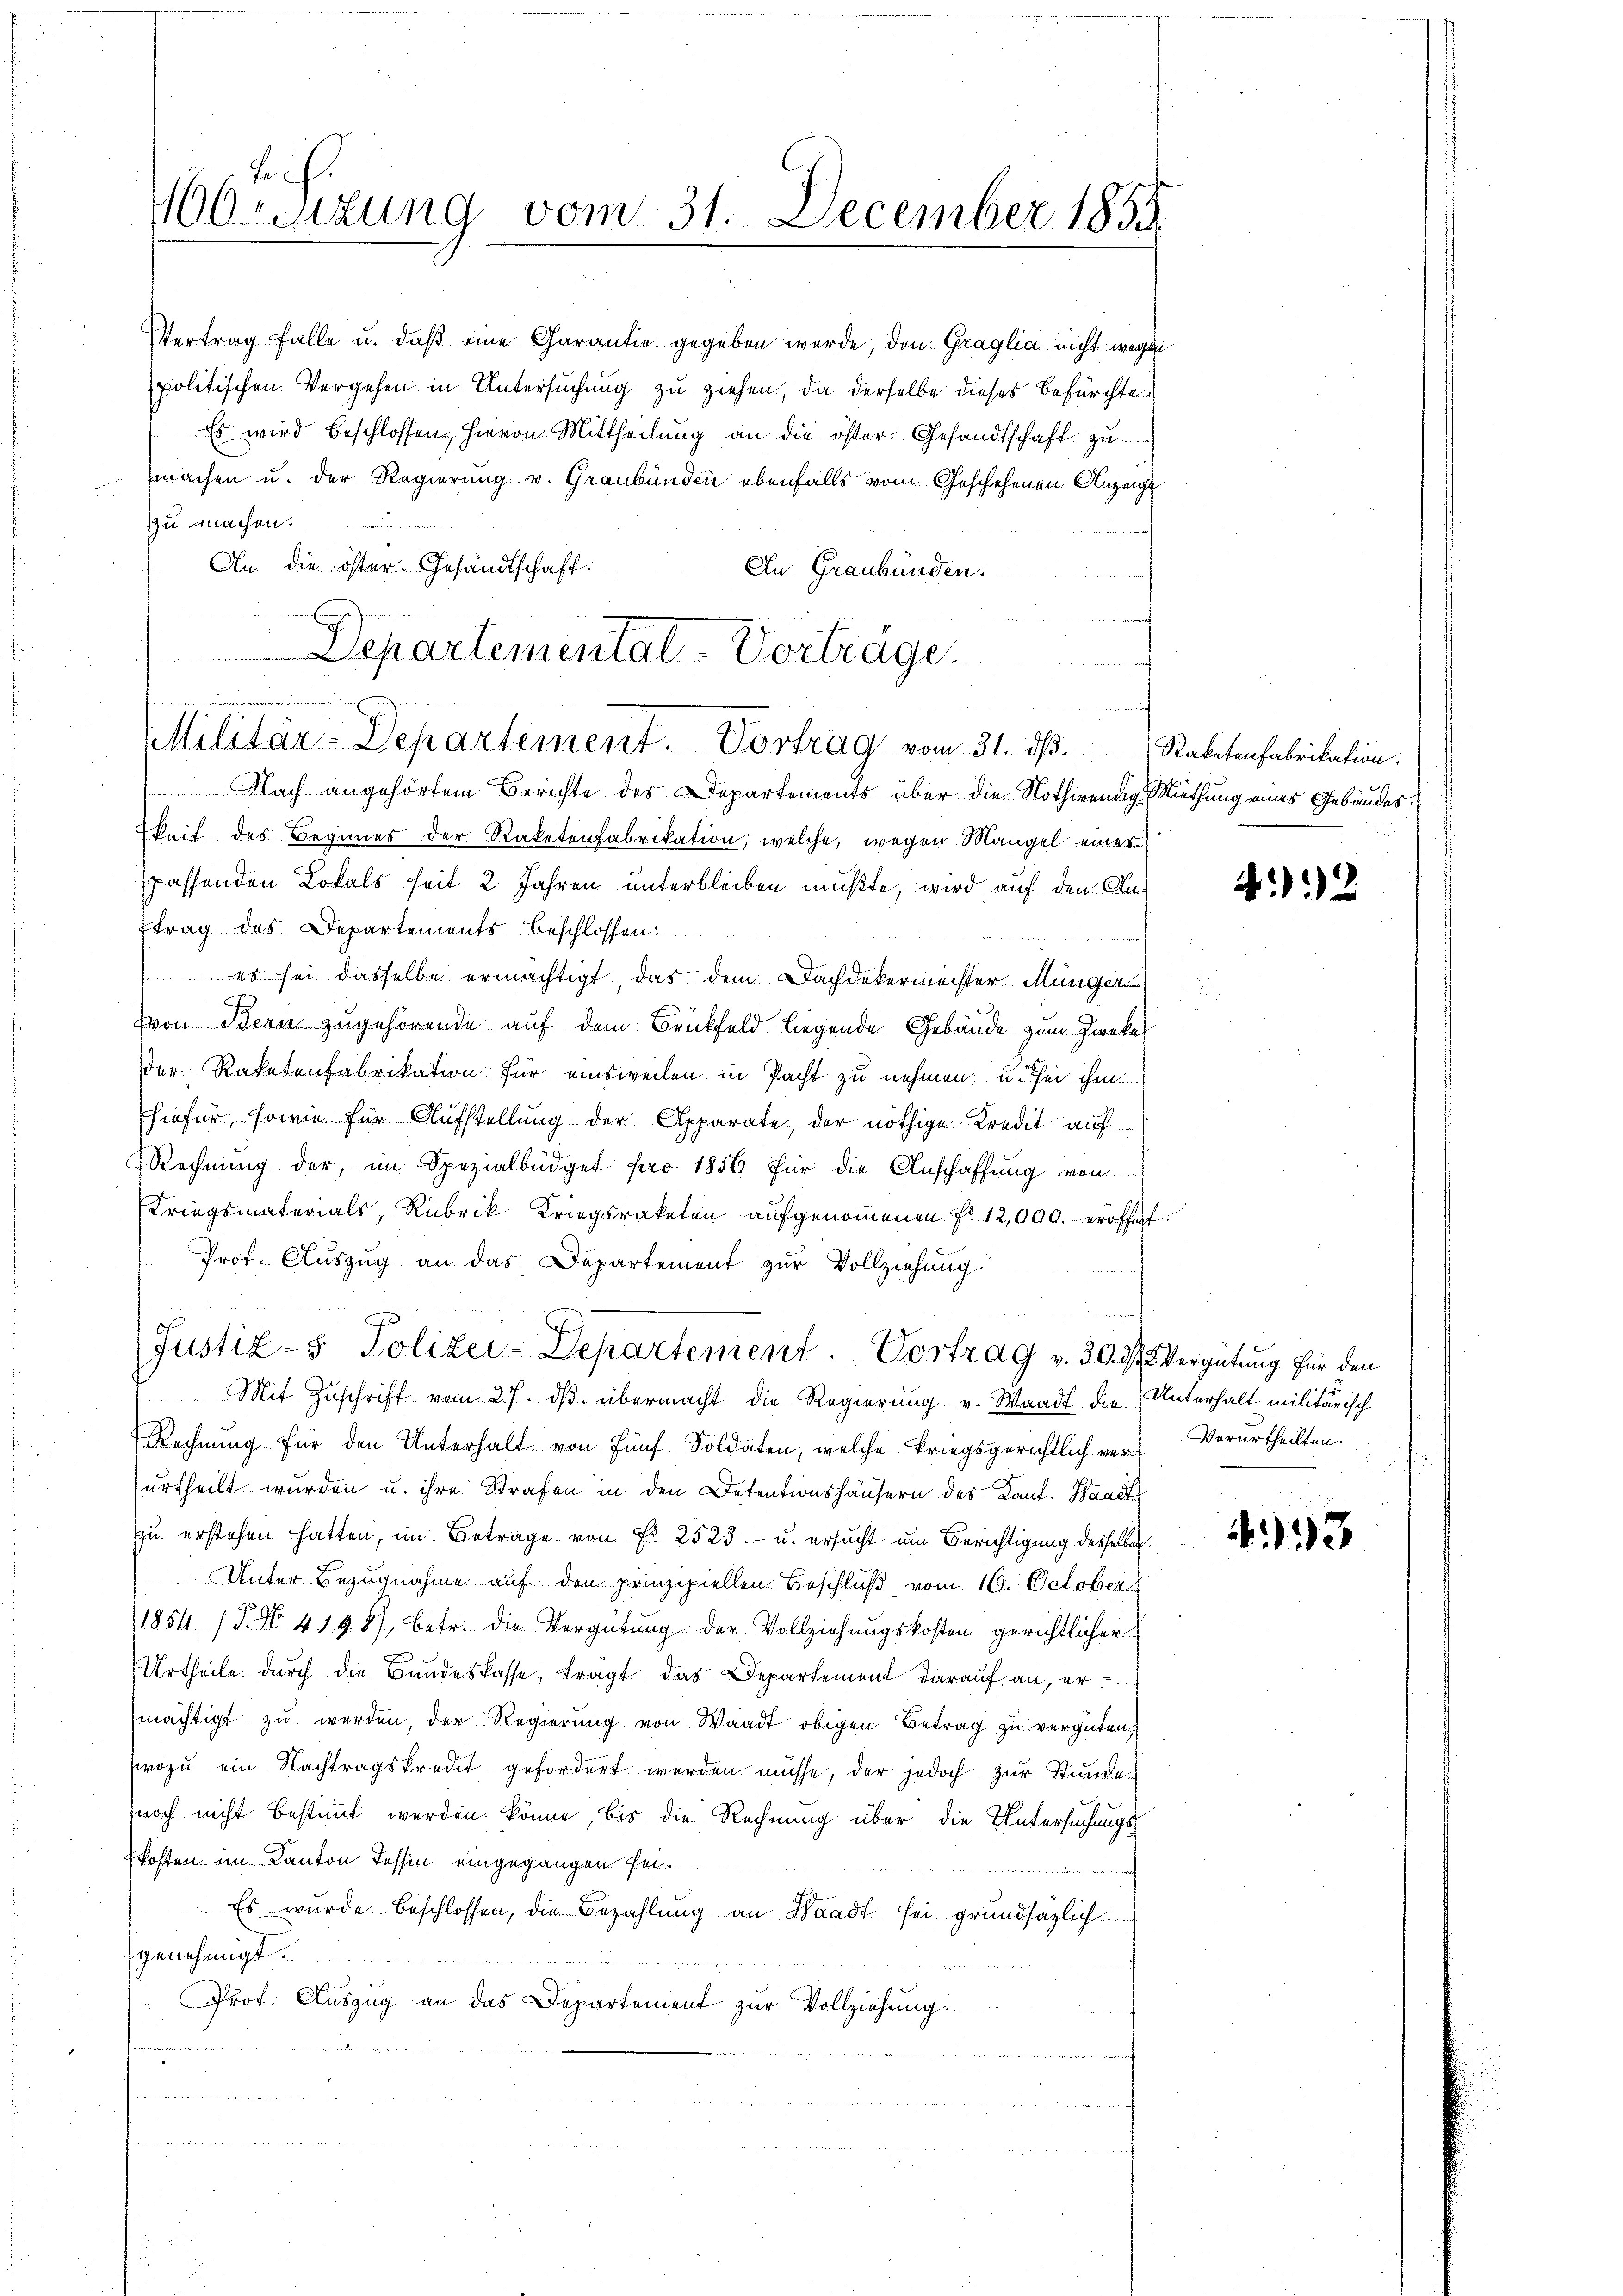
160. Sizung vom 31. December 1833.

Vertrag falle u. daß eine Garantie gegeben werde, den Graglia nicht wegen
spolitischen Vergehen in Untersuchung zu ziehen, da derselbe dieses Befürchte
Es wird beschlossen, hievon Mittheilŭng an die öster. Gesandtschaft zu
machen u. der Regierung v. Graubünden ebenfalls vom Geschehenen Anzeigt
zzu machen.
An die öster. Gesandtschaft.
Aus Graubünden.
6
Separtemental-Vorträge.

Militär-Departement. Vortrag vom 31. ds.
 Nach angehörtem Berichte des Departements über die Nothwendig Muthung eines Gebäudes.

keit des Beginnes der Raketenfabrikation, welche, wegen Mangel eines
passenden Lokals seit 2 Jahren unterbleiben mußte, wird auf den Antrag des Departements beschlossen:
 es sei dasselbe ermächtigt, das dem Dachdekermeister Münger
(von Bern zugehörende auf dem Brückfeld liegende Gebäude zum Zweckel
der Raketenfabrikation für einsweilen in Pacht zu nehmen u. sei ihm
hiefür, sowie für Aufstellung der Apparate, der nöthige Kredit auf
Rechnung der, im Spezialbüdget pro 1856 für die Anschaffung von
Kriegsmaterials, Rubrik Kriegsratelen aufgenommenen Fr. 12,000. eröffen
Prof. Auszug an das Departement zur Vollziehung.
5
Mit Zuschrift vom 27. dβ übermacht die Regierung v. Waadt die Unterhalt militärisch
Rechnung für den Unterhalt von fünf Soldaten, welche kriegsgerichtlich ver Verurtheilten.
urtheilt wurden u. ihre Strafen in den Detentionshäusern des Kant. Waadt
Zu erstehen hatten, im Betrage von Fr. 2523.- u. ersucht um Berichtigung desselben.
Unter Bezugnahme auf den prinzipiellen Beschluß vom 16. October
1854 / 5. No. 419. 8, betr. die Vergütung der Vollziehungskosten gerichtlicher
Urtheile durch die Bundeskasse, frägt das Departement darauf an, er
mächtigt zu werden, der Regierung von Waadt obigen Betrag zu vergüten,
wozu ein Nachtragskredet gefordert werden müsse, der jedoch zur Stunde
noch nicht bestimmt werden könne, bis die Rechnung über die Untersuchungskosten im Kanton Tessin eingegangen sei.
Es wurde beschlossen, die Bezahlung an Waadt sei grundsazlich
genehmigt.
Prof. Auszug an das Departement zur Vollziehung.
d

9
Justiz- & Polizei-Departement. Vortrag v. 30. d. Vergütung für den

Raketenfabrikation.

4.12

3